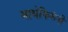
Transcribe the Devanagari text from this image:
माथेफिरूंनी